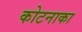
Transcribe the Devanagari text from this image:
कोटनाका